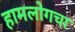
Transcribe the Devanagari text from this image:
हामलोगचा